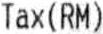
TAX(RM)